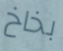
بخاخ